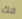
فك